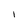
Character: I